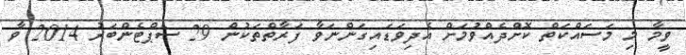
ވީމާ މި މަސައްކަތް ކޮށްދެއްވުމަށް އެދިވަޑައިގަންނަވާ ފަރާތްތަކުން 29 ސެޕްޓެންބަރު 2014 ވާ